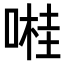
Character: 𠺺